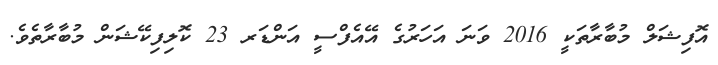
އޮފިޝަލް މުބާރާތަކީ 2016 ވަނަ އަހަރުގެ އޭއެފްސީ އަންޑަރ 23 ކޮލިފިކޭޝަން މުބާރާތެވެ.